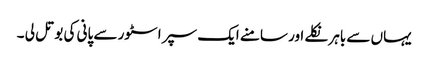
یہاں سے باہر نکلے اور سامنے ایک سپر اسٹور سے پانی کی بوتل لی ۔